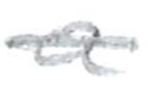
Text: a
Cross-out: single-line
Writing tool: pencil